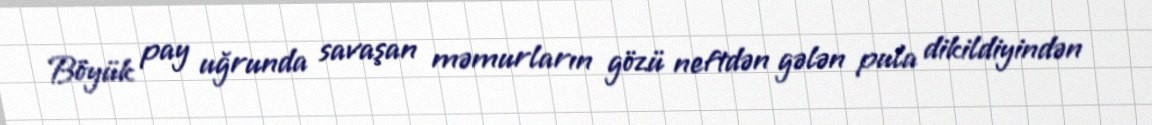
Böyük pay uğrunda savaşan məmurların gözü neftdən gələn pula dikildiyindən